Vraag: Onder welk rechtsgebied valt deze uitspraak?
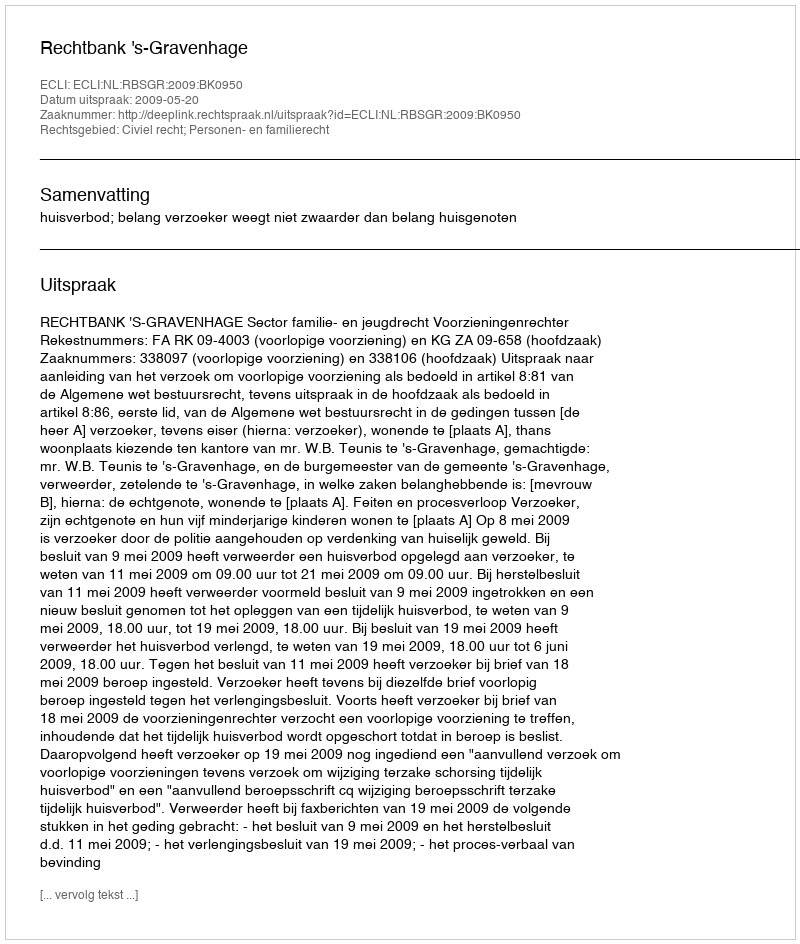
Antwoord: Civiel recht; Personen- en familierecht